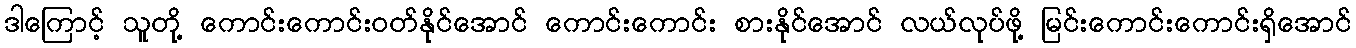
ဒါကြောင့် သူတို့ ကောင်းကောင်းဝတ်နိုင်အောင် ကောင်းကောင်း စားနိုင်အောင် လယ်လုပ်ဖို့ မြင်းကောင်းကောင်းရှိအောင်